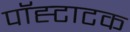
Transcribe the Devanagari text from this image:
पॉह्टाटक